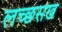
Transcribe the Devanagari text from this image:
लच्छसख